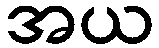
အယ